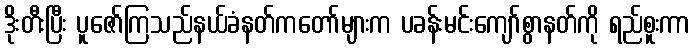
ဒိုးတီးပြီး ပူဇော်ကြသည်နယ်ခံနတ်ကတော်များက ပခန်းမင်းကျော်စွာနတ်ကို ရည်စူးကာ